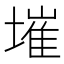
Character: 墔